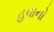
હવાનો